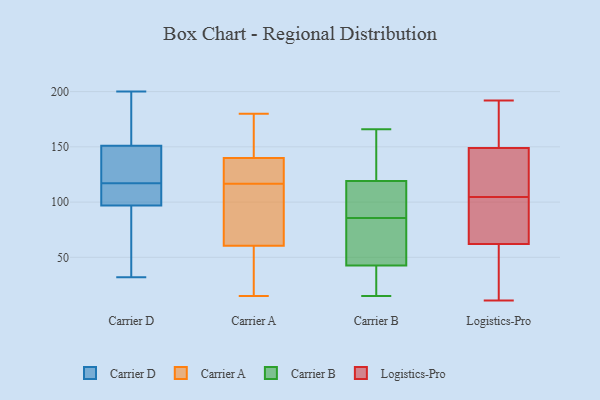
{"axis": {"x": "Revenue (USD Million)", "y": "Value"}, "legend": ["Carrier A", "Carrier B", "Carrier D", "Logistics-Pro"], "data": [{"x": "", "y": 99, "type": "Carrier D"}, {"x": "", "y": 175, "type": "Carrier D"}, {"x": "", "y": 118, "type": "Carrier D"}, {"x": "", "y": 95, "type": "Carrier D"}, {"x": "", "y": 107, "type": "Carrier D"}, {"x": "", "y": 145, "type": "Carrier D"}, {"x": "", "y": 116, "type": "Carrier D"}, {"x": "", "y": 184, "type": "Carrier D"}, {"x": "", "y": 129, "type": "Carrier D"}, {"x": "", "y": 130, "type": "Carrier D"}, {"x": "", "y": 157, "type": "Carrier D"}, {"x": "", "y": 79, "type": "Carrier D"}, {"x": "", "y": 32, "type": "Carrier D"}, {"x": "", "y": 200, "type": "Carrier D"}, {"x": "", "y": 90, "type": "Carrier D"}, {"x": "", "y": 114, "type": "Carrier D"}, {"x": "", "y": 173, "type": "Carrier A"}, {"x": "", "y": 84, "type": "Carrier A"}, {"x": "", "y": 53, "type": "Carrier A"}, {"x": "", "y": 118, "type": "Carrier A"}, {"x": "", "y": 43, "type": "Carrier A"}, {"x": "", "y": 127, "type": "Carrier A"}, {"x": "", "y": 156, "type": "Carrier A"}, {"x": "", "y": 38, "type": "Carrier A"}, {"x": "", "y": 24, "type": "Carrier A"}, {"x": "", "y": 127, "type": "Carrier A"}, {"x": "", "y": 180, "type": "Carrier A"}, {"x": "", "y": 74, "type": "Carrier A"}, {"x": "", "y": 89, "type": "Carrier A"}, {"x": "", "y": 115, "type": "Carrier A"}, {"x": "", "y": 134, "type": "Carrier A"}, {"x": "", "y": 123, "type": "Carrier A"}, {"x": "", "y": 146, "type": "Carrier A"}, {"x": "", "y": 151, "type": "Carrier A"}, {"x": "", "y": 15, "type": "Carrier A"}, {"x": "", "y": 68, "type": "Carrier A"}, {"x": "", "y": 46, "type": "Carrier B"}, {"x": "", "y": 114, "type": "Carrier B"}, {"x": "", "y": 39, "type": "Carrier B"}, {"x": "", "y": 74, "type": "Carrier B"}, {"x": "", "y": 166, "type": "Carrier B"}, {"x": "", "y": 72, "type": "Carrier B"}, {"x": "", "y": 124, "type": "Carrier B"}, {"x": "", "y": 24, "type": "Carrier B"}, {"x": "", "y": 15, "type": "Carrier B"}, {"x": "", "y": 97, "type": "Carrier B"}, {"x": "", "y": 97, "type": "Carrier B"}, {"x": "", "y": 127, "type": "Carrier B"}, {"x": "", "y": 74, "type": "Logistics-Pro"}, {"x": "", "y": 22, "type": "Logistics-Pro"}, {"x": "", "y": 147, "type": "Logistics-Pro"}, {"x": "", "y": 11, "type": "Logistics-Pro"}, {"x": "", "y": 174, "type": "Logistics-Pro"}, {"x": "", "y": 84, "type": "Logistics-Pro"}, {"x": "", "y": 142, "type": "Logistics-Pro"}, {"x": "", "y": 192, "type": "Logistics-Pro"}, {"x": "", "y": 151, "type": "Logistics-Pro"}, {"x": "", "y": 36, "type": "Logistics-Pro"}, {"x": "", "y": 60, "type": "Logistics-Pro"}, {"x": "", "y": 84, "type": "Logistics-Pro"}, {"x": "", "y": 156, "type": "Logistics-Pro"}, {"x": "", "y": 91, "type": "Logistics-Pro"}, {"x": "", "y": 64, "type": "Logistics-Pro"}, {"x": "", "y": 190, "type": "Logistics-Pro"}, {"x": "", "y": 118, "type": "Logistics-Pro"}, {"x": "", "y": 139, "type": "Logistics-Pro"}, {"x": "", "y": 118, "type": "Logistics-Pro"}, {"x": "", "y": 24, "type": "Logistics-Pro"}]}